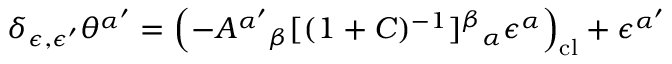
\delta _ { \epsilon , \epsilon ^ { \prime } } \theta ^ { \alpha ^ { \prime } } = \left( - A ^ { \alpha ^ { \prime } } { } _ { \beta } [ ( 1 + C ) ^ { - 1 } ] ^ { \beta } { } _ { \alpha } \epsilon ^ { \alpha } \right) _ { \mathrm { c l } } + \epsilon ^ { \alpha ^ { \prime } }